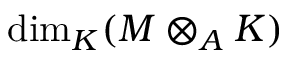
\dim _ { K } ( M \otimes _ { A } K )